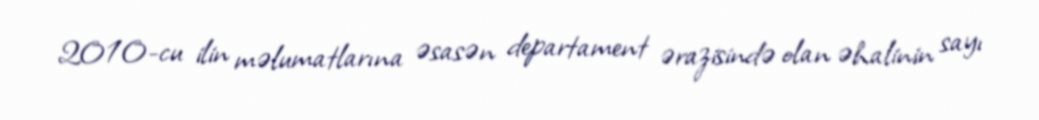
2010-cu ilin məlumatlarına əsasən departament ərazisində olan əhalinin sayı